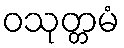
ဝသုတ္တမံ